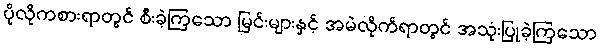
ပိုလိုကစားရာတွင် စီးခဲ့ကြသော မြင်းများနှင့် အမဲလိုက်ရာတွင် အသုံးပြုခဲ့ကြသော